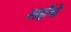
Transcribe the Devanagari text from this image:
सईंचे